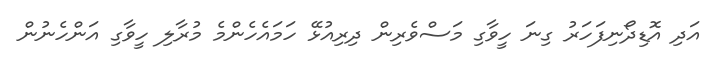
އަދި އޮޑިދޯނިފަހަރު ގިނަ ހީވާގި މަސްވެރިން ދިރިއުޅޭ ހަމައެހެންމެ މުރާލި ހީވާގި އަންހެނުން